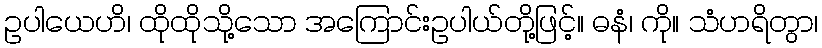
ဥပါယေဟိ၊ ထိုထိုသို့သော အကြောင်းဥပါယ်တို့ဖြင့်။ ဓနံ၊ ကို။ သံဟရိတွာ၊